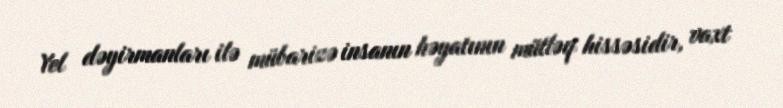
Yel dəyirmanları ilə mübarizə insanın həyatının mütləq hissəsidir, vaxt